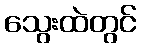
သွေးထဲတွင်